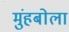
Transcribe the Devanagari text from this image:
मुंहबोला